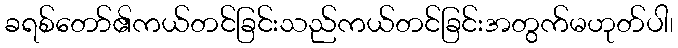
ခရစ်တော်၏ကယ်တင်ခြင်းသည်ကယ်တင်ခြင်းအတွက်မဟုတ်ပါ၊